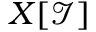
X [ { \mathcal { I } } ]